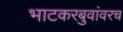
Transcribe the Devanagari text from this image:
भाटकरबुवांवरच